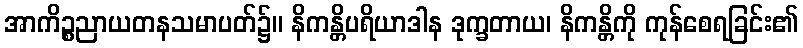
အာကိဉ္စညာယတနသမာပတ်၌။ နိကန္တိပရိယာဒါန ဒုက္ခတာယ၊ နိကန္တိကို ကုန်စေရခြင်း၏